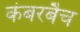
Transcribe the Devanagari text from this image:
कंबरबैच